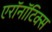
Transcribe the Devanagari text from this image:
एरॉनॉटिक्स